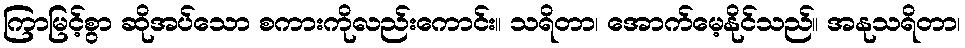
ကြာမြင့်စွာ ဆိုအပ်သော စကားကိုလည်းကောင်း။ သရိတာ၊ အောက်မေ့နိုင်သည်။ အနုသရိတာ၊